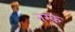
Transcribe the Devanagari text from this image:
तरक़े